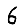
Digit: 6